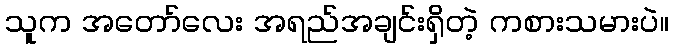
သူက အတော်လေး အရည်အချင်းရှိတဲ့ ကစားသမားပဲ။